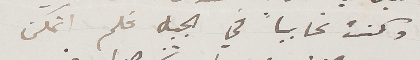
وكنت غايبا في الجبل فلم اتمكن